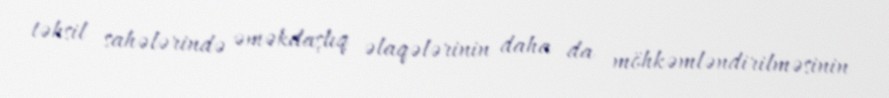
təhsil sahələrində əməkdaşlıq əlaqələrinin daha da möhkəmləndirilməsinin